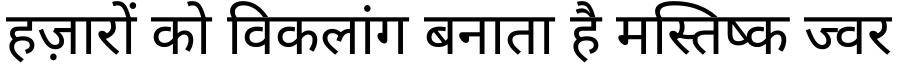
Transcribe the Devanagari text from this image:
हज़ारों को विकलांग बनाता है मस्तिष्क ज्वर